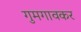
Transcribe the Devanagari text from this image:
गुमगावकर